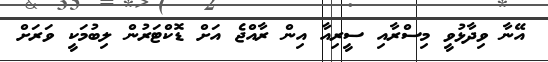
އޭނާ ވިދާޅުވީ މިސްރާއި ސީރިއާ އިން ރާއްޖެ އަށް ޑޮކްޓަރުން ލިބުމަކީ ވަރަށް